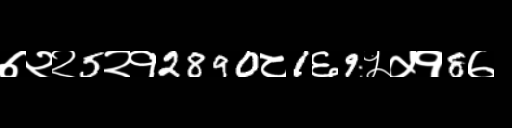
Text: ७२२5२१2890८1६9५५१8७